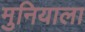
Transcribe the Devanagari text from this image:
मुनियाला